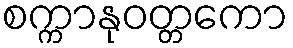
စက္ကာနုဝတ္တကော